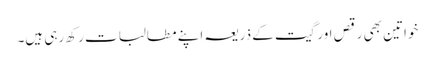
خواتین بھی رقص اورگیت کے ذریعہ اپنے مطالبات رکھ رہی ہیں۔